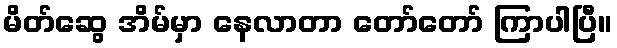
မိတ်ဆွေ အိမ်မှာ နေလာတာ တော်တော် ကြာပါပြီ။